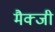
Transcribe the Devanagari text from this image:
मैक्जी